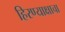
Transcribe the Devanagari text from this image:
हिरण्याक्षाचा